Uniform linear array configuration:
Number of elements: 16
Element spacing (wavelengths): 1
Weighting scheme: kaiser
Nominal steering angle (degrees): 45
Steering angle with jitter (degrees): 43.887
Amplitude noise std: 0.05
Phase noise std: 0.05

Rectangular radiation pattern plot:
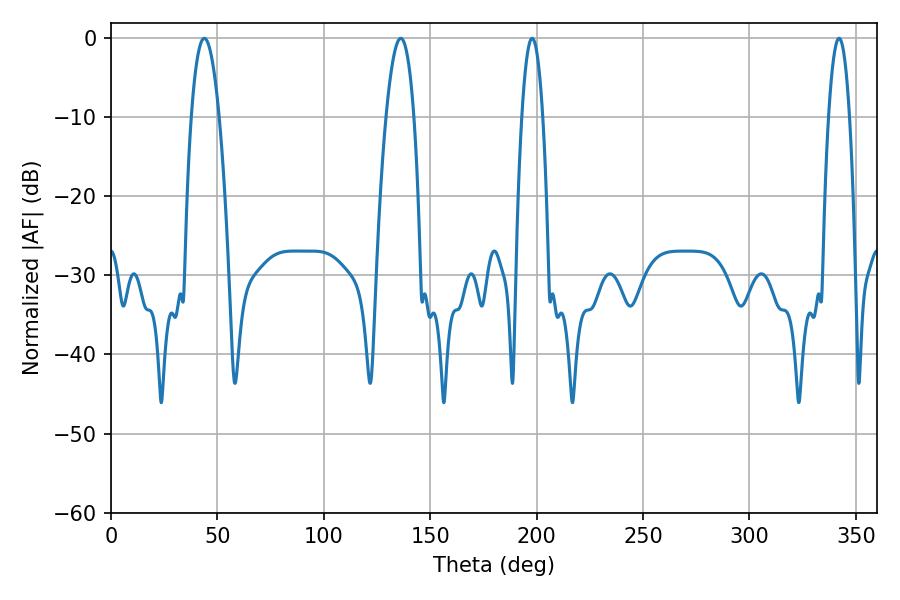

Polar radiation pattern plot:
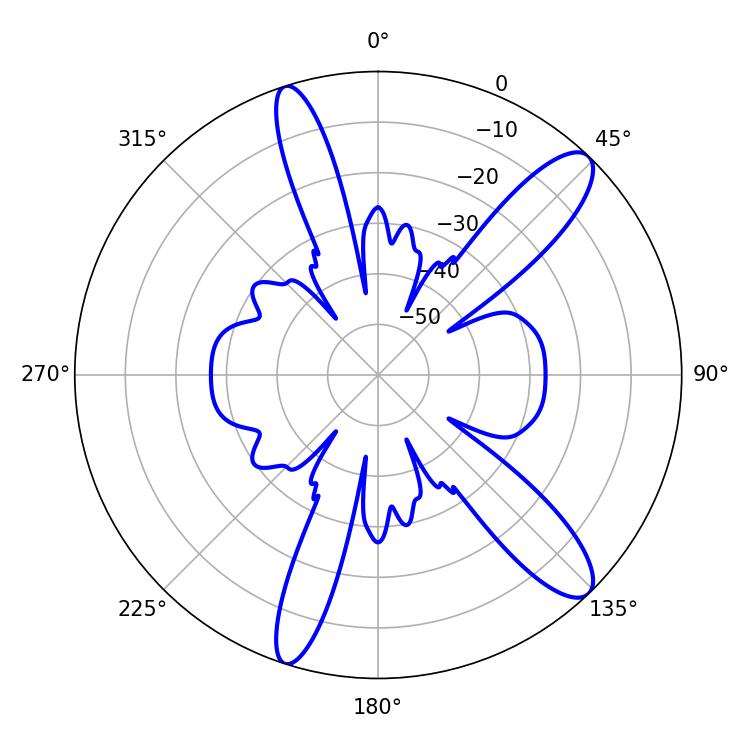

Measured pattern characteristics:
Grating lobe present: TRUE
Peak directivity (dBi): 12.023
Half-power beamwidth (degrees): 7.2
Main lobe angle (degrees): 43.92